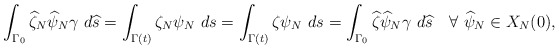
\begin{align*}\int_{\Gamma_0}\widehat{\zeta}_N\widehat{\psi}_N\gamma\,\, d \widehat{s}=\int_{\Gamma(t)}\zeta_N\psi_N\,\, d s=\int_{\Gamma(t)}\zeta \psi_N\,\, d s=\int_{\Gamma_0}\widehat{\zeta}\widehat{\psi}_N\gamma\,\,d \widehat{s}\quad\forall~\widehat{\psi}_N\in X_N(0),\end{align*}